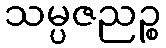
သမ္ပဇညဉ္စ